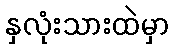
နှလုံးသားထဲမှာ